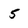
Character: 5